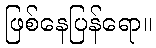
ဖြစ်နေပြန်ရော။